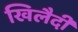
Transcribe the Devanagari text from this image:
खिलैदी